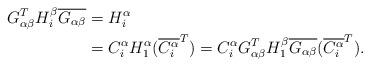
LaTeX: \begin{align*} G_{\alpha\beta}^TH^{\beta}_i\overline{G_{\alpha\beta}}&=H^{\alpha}_i \\ &=C^{\alpha}_{i}H^{\alpha}_{1}(\overline{C^{\alpha}_{i}}^{T})=C^{\alpha}_{i}G_{\alpha\beta}^TH^{\beta}_1\overline{G_{\alpha\beta}}(\overline{C^{\alpha}_{i}}^{T}).\end{align*}